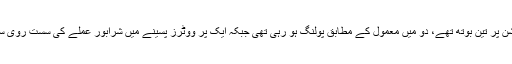
اس پولنگ اسٹیشن پر تین بوتھ تھے، دو میں معمول کے مطابق پولنگ ہو رہی تھی جبکہ ایک پر ووٹرز پسینے میں شرابور عملے کی سست روی سے شاکی تھی ۔